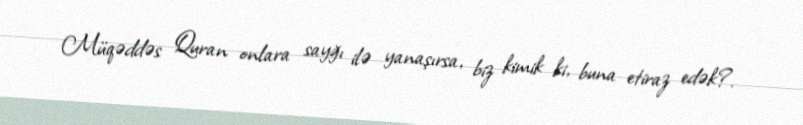
Müqəddəs Quran onlara sayğı ilə yanaşırsa, biz kimik ki, buna etiraz edək?.